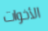
الأخوات